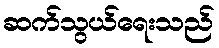
ဆက်သွယ်ရေးသည်